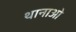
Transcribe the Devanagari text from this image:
थानाओ